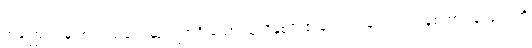
အကြောင်းမူ အကြည့်ချင်းဆုံလျက်ရှိ သော သူတို့နှစ်ဦး၏မျက်လုံးများက ကျန်စကားလုံးများ ကို